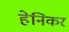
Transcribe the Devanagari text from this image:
हेनिकर